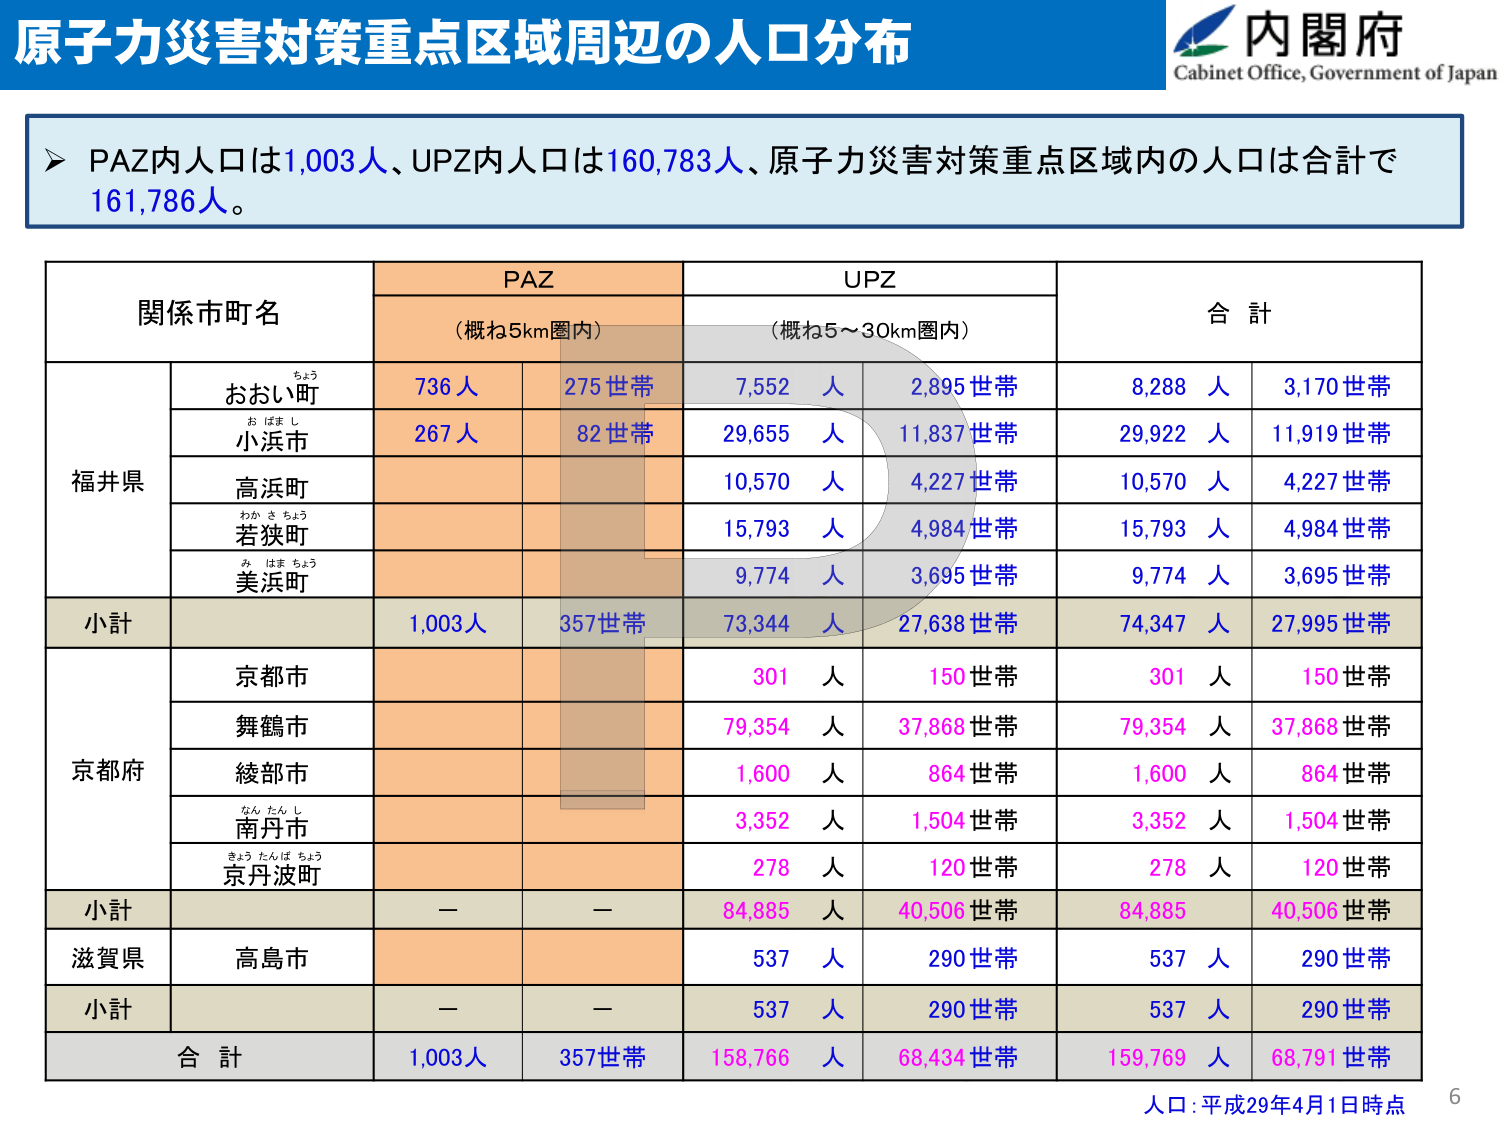
原子力災害対策重点区域周辺の人口分布
内閣府
Cabinet Office, Government of Japan
▶ PAZ内人口は1,003人、UPZ内人口は160,783人、原子力災害対策重点区域内の人口は合計で161,786人。
関係市町名
PAZ
UPZ
合計
（概ね5km圏内）
（概ね5～30km圏内）
福井県
おおい町
ちよう
736人
275世帯
7,552人
2,895世帯
8,288人
3,170世帯
小浜市
お はま し
267人
82世帯
29,655人
11,837世帯
29,922人
11,919世帯
高浜町
10,570人
4,227世帯
10,570人
4,227世帯
若狭町
わか さ ちょう
15,793人
4,984世帯
15,793人
4,984世帯
美浜町
み はま ちょう
9,774人
3,695世帯
9,774人
3,695世帯
小計
1,003人
357世帯
73,344人
27,638世帯
74,347人
27,995世帯
京都府
京都市
301人
150世帯
301人
150世帯
舞鶴市
79,354人
37,868世帯
79,354人
37,868世帯
綾部市
1,600人
864世帯
1,600人
864世帯
南丹市
なん たん し
3,352人
1,504世帯
3,352人
1,504世帯
京丹波町
きょう たんば ちょう
278人
120世帯
278人
120世帯
小計
－
－
84,885人
40,506世帯
84,885
40,506世帯
滋賀県
高島市
537人
290世帯
537人
290世帯
小計
－
－
537人
290世帯
537人
290世帯
合計
1,003人
357世帯
158,766人
68,434世帯
159,769人
68,791世帯
人口：平成29年4月1日時点
6